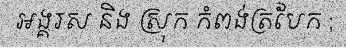
អង្គរស និង ស្រុក កំពង់ត្របែក ;